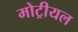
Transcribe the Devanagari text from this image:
मोट्रीयल